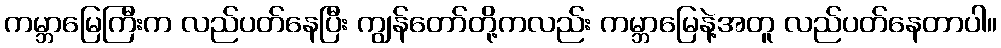
ကမ္ဘာမြေကြီးက လည်ပတ်နေပြီး ကျွန်တော်တို့ကလည်း ကမ္ဘာမြေနဲ့အတူ လည်ပတ်နေတာပါ။